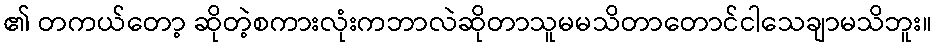
၏ တကယ်တော့ ဆိုတဲ့စကားလုံးကဘာလဲဆိုတာသူမမသိတာတောင်ငါသေချာမသိဘူး။